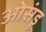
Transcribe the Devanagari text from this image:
ओसंडू